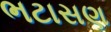
ભટાસણ